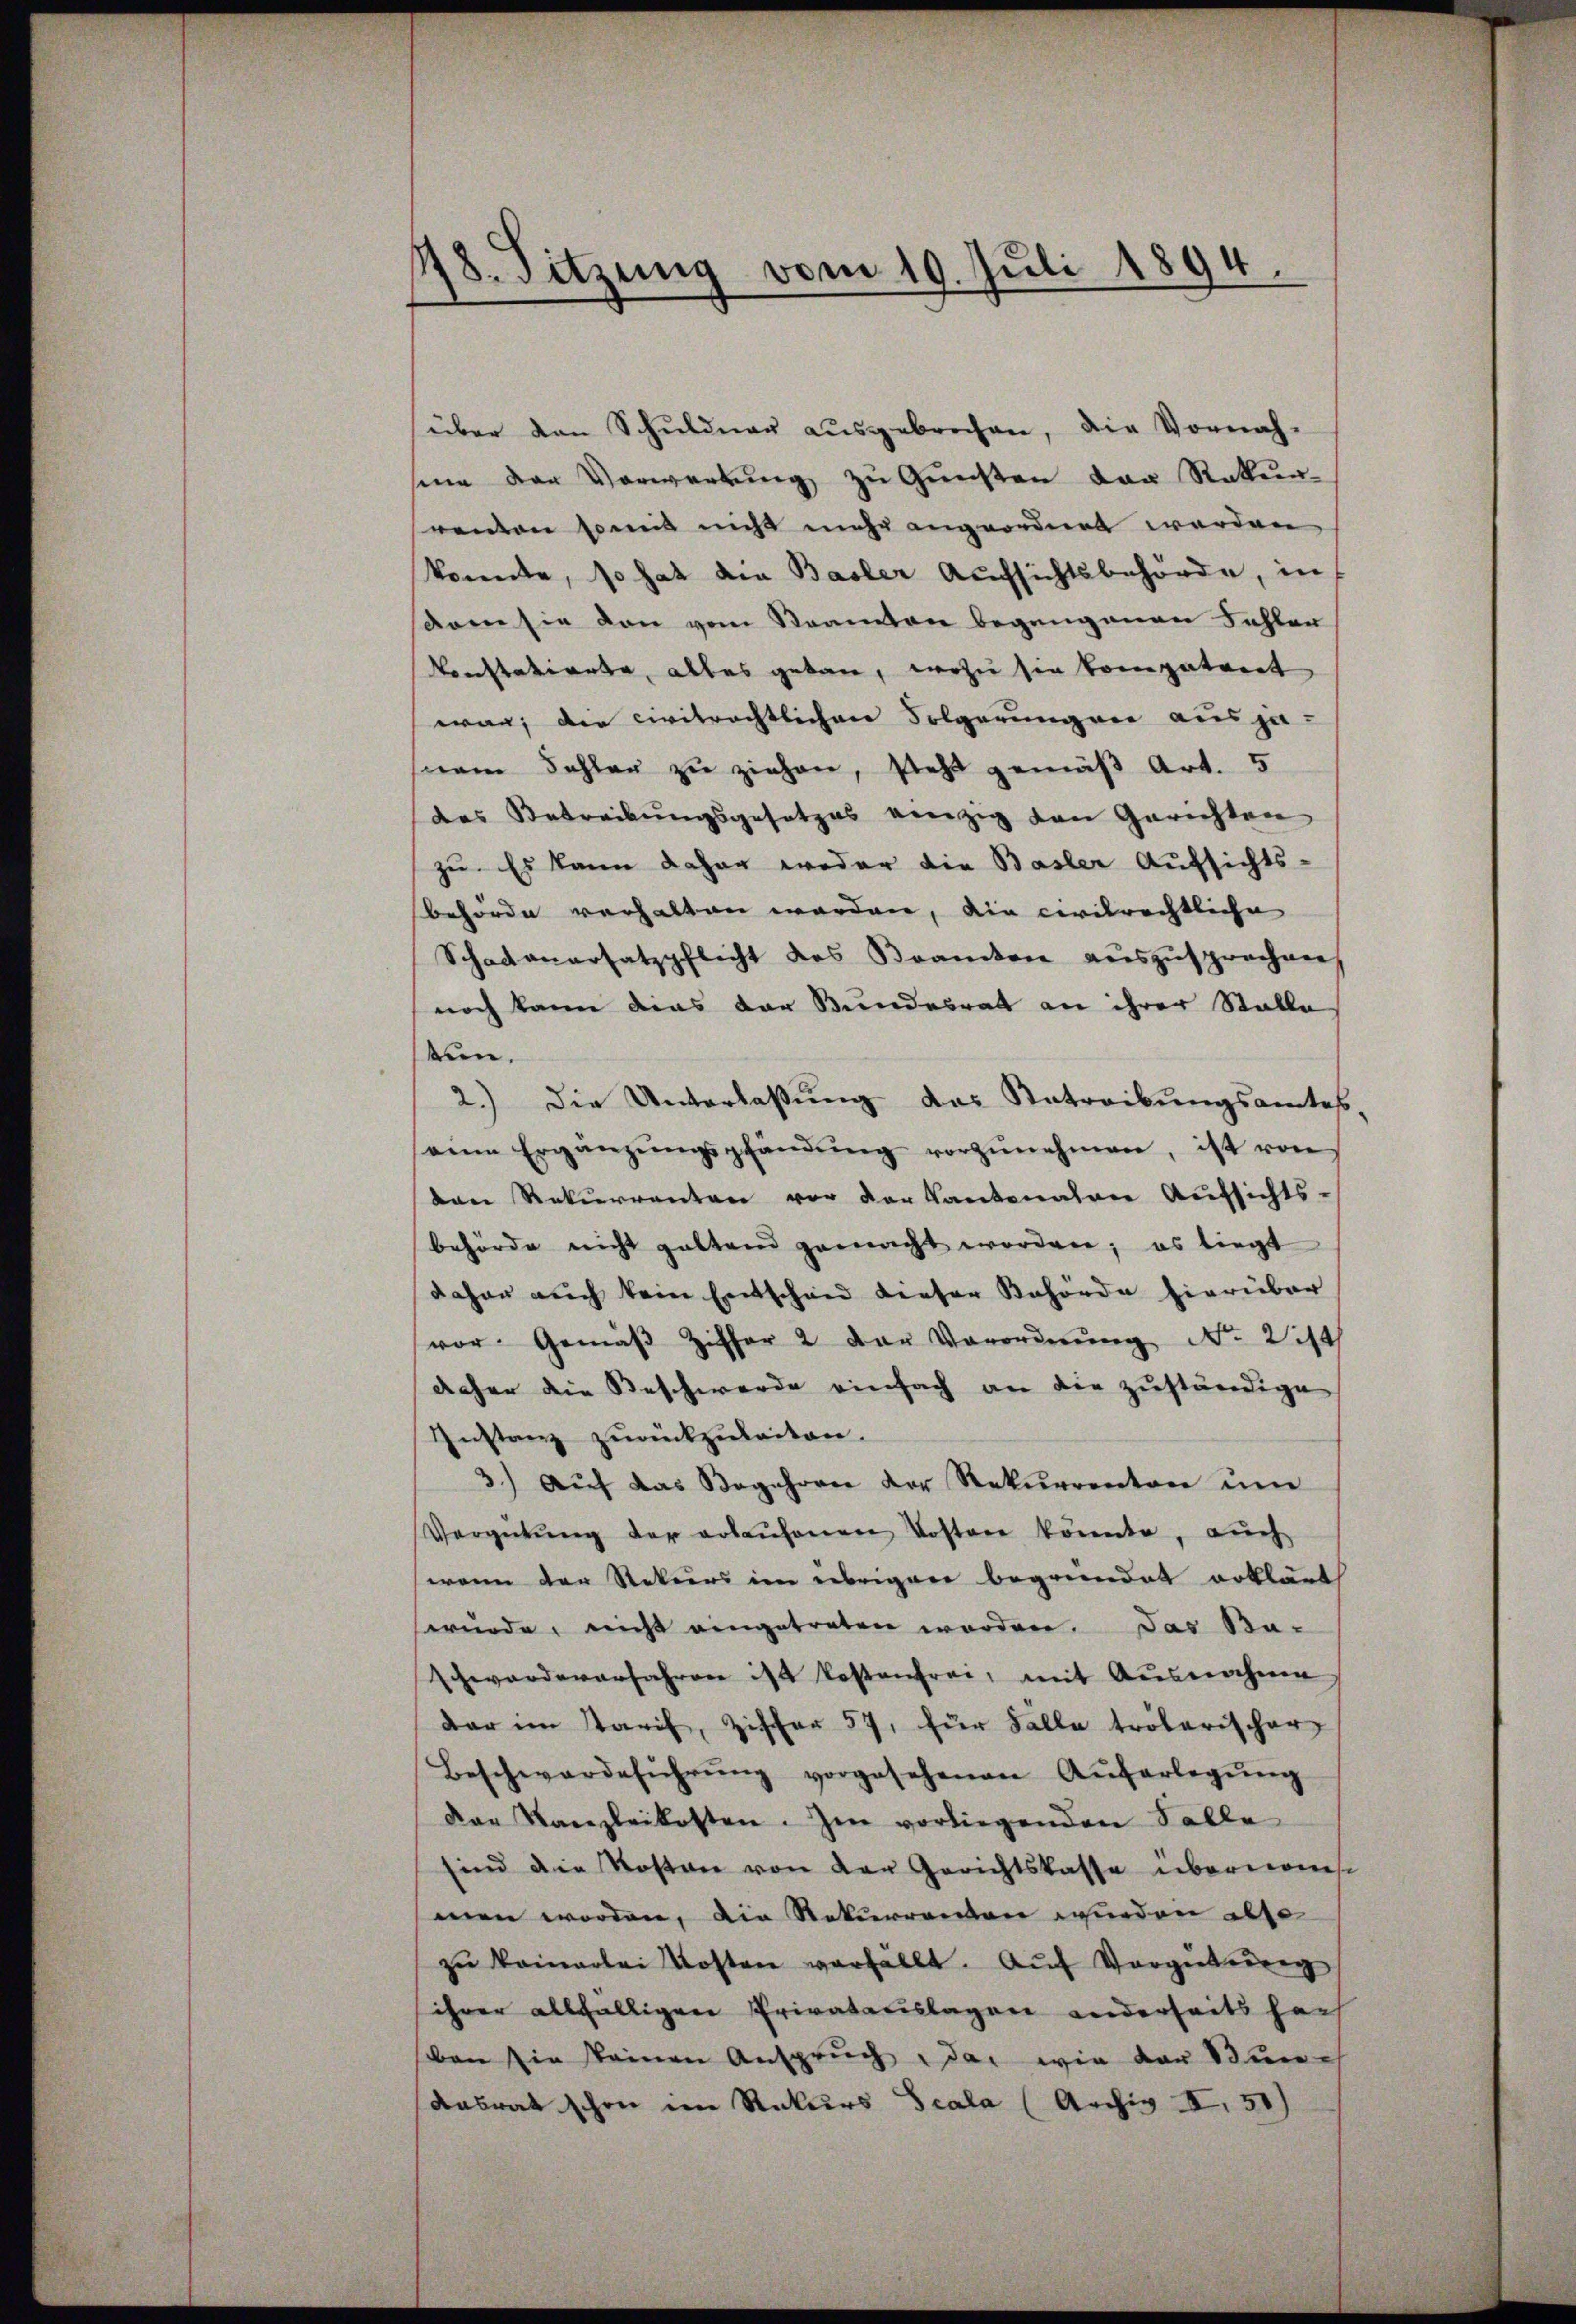
178. Sitzung vom 19. Juli 1894.

über den Schuldner ausgebrechen, die Vornah-
sine der Vorwerbung zu Gunsten den Rekurrenten somit nicht mehr angeordnet werden
konnte, so hat die Basler Aufsichtsbehörde, in
dore sie den vom Steamten begangenen Fehlen
Konstatierte, alles getan, wozu sie kompetiret
war; die civitrechtlichen Folgerungen aus ja
srem Fehler zu ziehen, steht gemäß Art. 5
das Betreibungsgesetzes einzig den Gerichten
zu. Es kann daher weder die Basler Aufsichts-
behörde verhalten worden, die civilrechtliche
Schadenersatzpflicht des Brämter auszusprochen
noch kann dies der Bundesrat an ihrer Stalle
stun
2.) Die Unterlaβŭng das Antreibungsamtes,
seine Ergänzŭngspfändŭng vorzŭnehmen, ist von
den Rekurrenten vor der Kantonalver Aufsichts-
behörde nicht geltend gemacht worden; es liegt
daher auch kein Entschend dieser Behörde hierüber
vor. Gemäβ Ziffer 2 der Verordnŭng Nr. 214
daher die Beschwerde einfach an die zuständige
Instanz zurückzuleiten.
3.) auf das Begehrere der Rekurrenten um
Vergütŭng der erlaŭfenen Kosten könnte, aŭch
wenn der Rekurs im übrigen begründet erklärt
würde, nicht eingetreten worden. Das Ba-
schwandererfahren ist kostenfrei, mit Ausnahme
dar im Tarif, Ziffer 57, für Falle trölerischer
Beschwardeführŭng vorgesehenen Aŭfarlegŭng
das Kanzleikosten. Im vorliegenden Solle
sind die Kosten von der Gerichtskasse übernom
men worden, die Rekurrenten werden also
zŭ keinerlei Kosten verfällt. Aŭf Vergütereng
ihrer allfälligen Privatanslagen anderseits haus
ben sie keinen Anspruch das wie der Bun¬
Aasrat schon im Rekurs Scala (Archiv II 31)